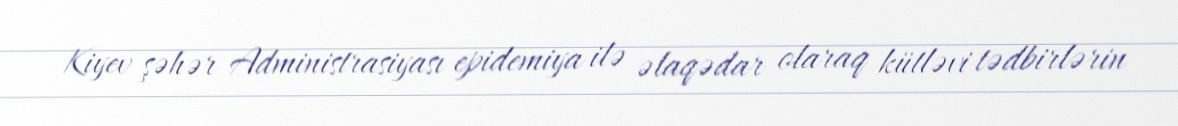
Kiyev şəhər Administrasiyası epidemiya ilə əlaqədar olaraq kütləvi tədbirlərin